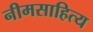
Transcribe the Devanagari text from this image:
नीमसाहित्य